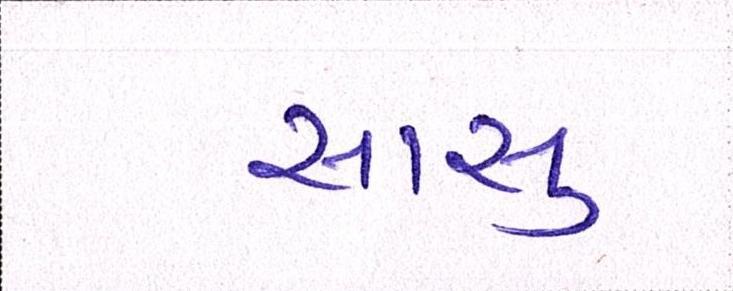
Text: સાસુ